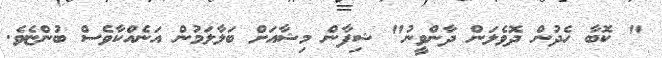
" ކޮބާ ހެދުން ދޮވެލަން ދާންވީނު" ޝިފާން މިޝާއަށް ބަލާލަމުން އަނެއްކާވެސް ބުންޏެވެ.